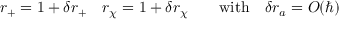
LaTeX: r _ { + } = 1 + \delta r _ { + } \quad r _ { \chi } = 1 + \delta r _ { \chi } \qquad \mathrm { w i t h } \quad \delta r _ { a } = O ( \hbar )